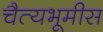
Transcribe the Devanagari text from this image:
चैत्यभूमीस